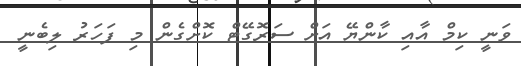
ވަނީ ކިމް އާއި ކާންޔޭ އަށް ސަރޮގޭޓް ކޮށްގެން މި ފަހަރު ލިބެނީ